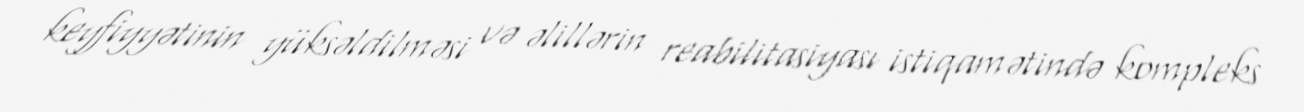
keyfiyyətinin yüksəldilməsi və əlillərin reabilitasiyası istiqamətində kompleks